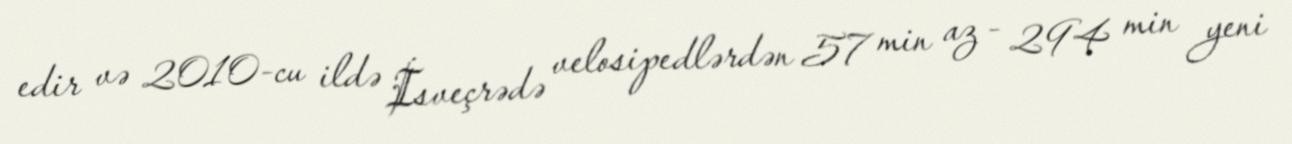
edir və 2010-cu ildə İsveçrədə velosipedlərdən 57 min az - 294 min yeni